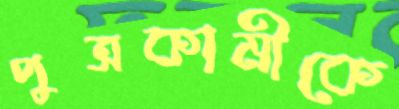
পুত্রকামীকে